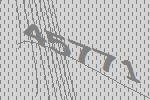
45771